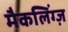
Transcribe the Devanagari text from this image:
मैकलिंग्ज़